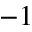
^ { - 1 }